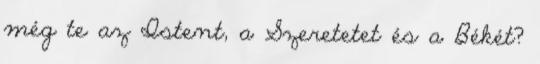
még te az Istent, a Szeretetet és a Békét?